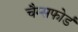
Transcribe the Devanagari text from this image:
चैम्सफोर्ड